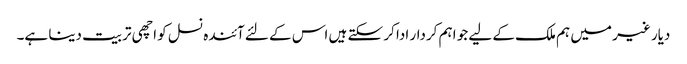
دیار غیر میں ہم ملک کے لیے جو اہم کردار ادا کر سکتے ہیں اس کے لئے آئندہ نسل کو اچھی تربیت دینا ہے۔